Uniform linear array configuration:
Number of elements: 16
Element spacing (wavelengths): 0.5
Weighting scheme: hann
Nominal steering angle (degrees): -15
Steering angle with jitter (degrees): -13.809
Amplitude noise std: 0.05
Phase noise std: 0.05

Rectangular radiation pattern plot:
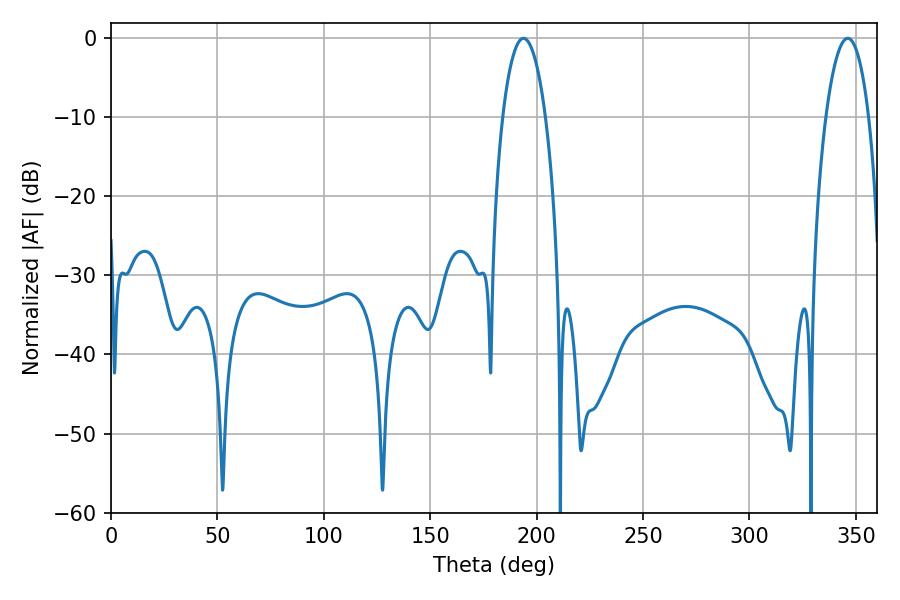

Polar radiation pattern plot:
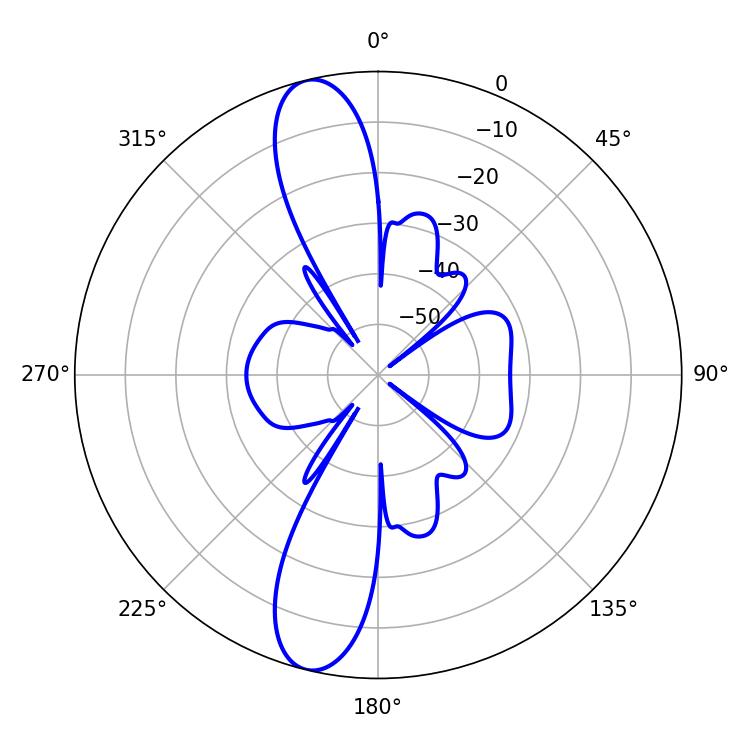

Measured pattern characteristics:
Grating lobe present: FALSE
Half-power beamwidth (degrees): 11.16
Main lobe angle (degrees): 193.86